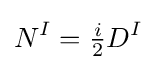
N^{I}={\tfrac {i}{2}}D^{I}